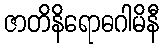
ဇာတိနိရောဓဂါမိနီ